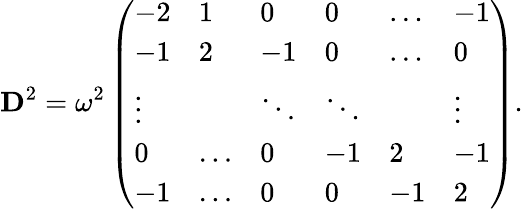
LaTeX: \mathbf{D}^{2}=\omega^{2}\left(\begin{array}{llllll}{-2}&{1}&{0}&{0}&{\ldots}&{-1}\\ {-1}&{2}&{-1}&{0}&{\ldots}&{0}\\ {\vdots}&&{\ddots}&{\ddots}&&{\vdots}\\ {0}&{\ldots}&{0}&{-1}&{2}&{-1}\\ {-1}&{\ldots}&{0}&{0}&{-1}&{2}\end{array}\right).